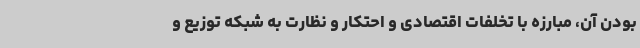
بودن آن، مبارزه با تخلفات اقتصادی و احتکار و نظارت به شبکه توزیع و